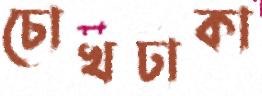
চোখঢাকা